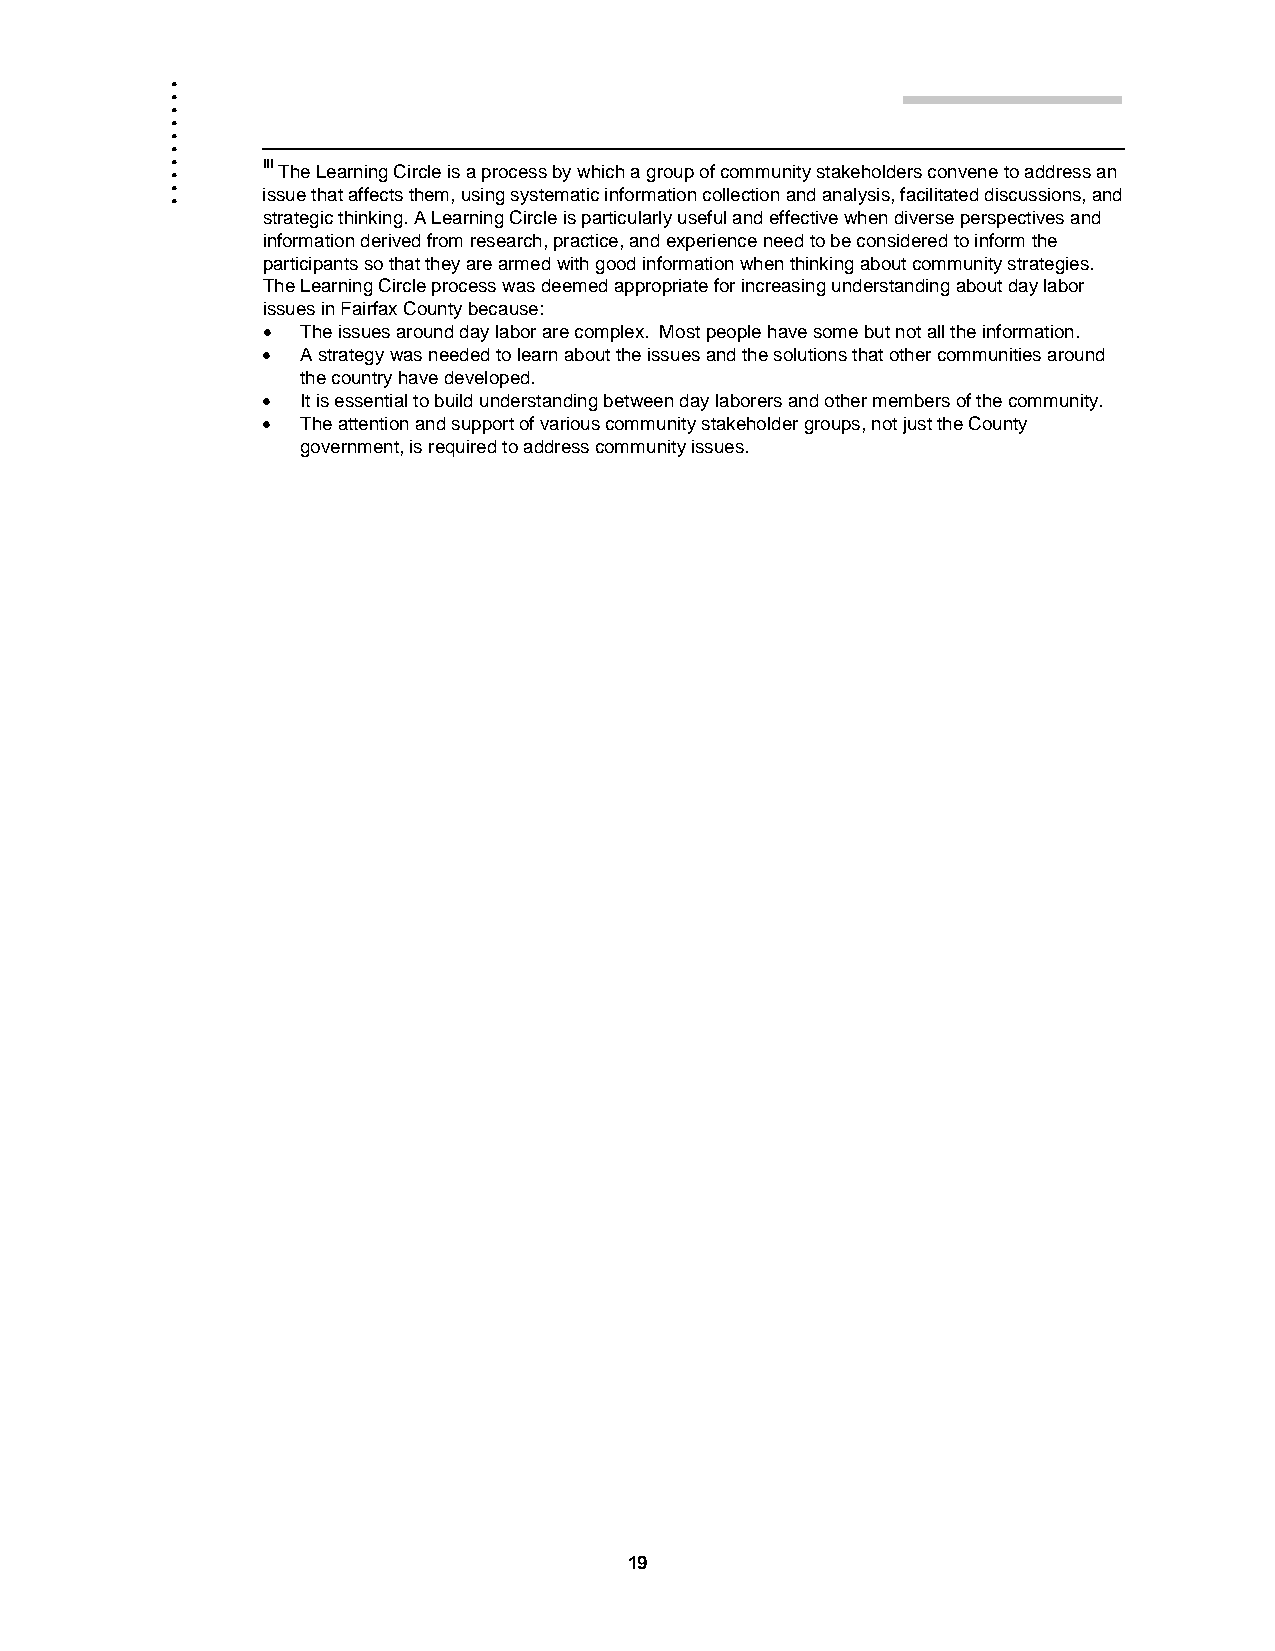
.
 .
 .
 .
 .
 .
 .
 .
 .     iii The Learning Circle is a process by which a group of community stakeholders convene to address an
 .
 issue that affects them, using systematic information collection and analysis, facilitated discussions, and
 strategic thinking. A Learning Circle is particularly useful and effective when diverse perspectives and
 information derived from research, practice, and experience need to be considered to inform the
 participants so that they are armed with good information when thinking about community strategies.
 The Learning Circle process was deemed appropriate for increasing understanding about day labor
 issues in Fairfax County because:
 •  The issues around day labor are complex. Most people have some but not all the information.
 •  A strategy was needed to learn about the issues and the solutions that other communities around
 the country have developed.
 •  It is essential to build understanding between day laborers and other members of the community.
 •  The attention and support of various community stakeholder groups, not just the County
 government, is required to address community issues.
 19